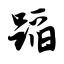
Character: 蹈